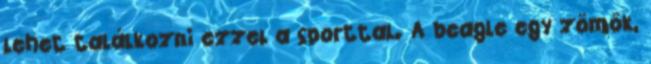
lehet találkozni ezzel a sporttal. A beagle egy zömök,